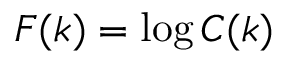
F ( k ) = \log C ( k )